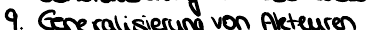
9. Generalisierung von Akteuren